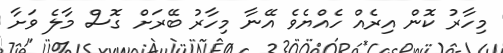
މިހާރު ކޮން އިރެއް ހެއްޔެވެ އޭނާ މިހާރު ބޭރަށް ގޮސް މާލެ ވަށާ